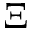
\Xi